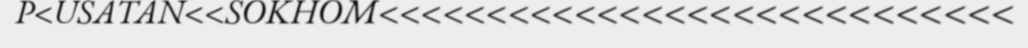
P<USATAN<<SOKHOM<<<<<<<<<<<<<<<<<<<<<<<<<<<<